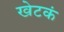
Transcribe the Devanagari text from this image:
खेटकं